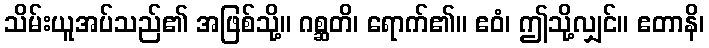
သိမ်းယူအပ်သည်၏ အဖြစ်သို့။ ဂစ္ဆတိ၊ ရောက်၏။ ဧဝံ၊ ဤသို့လျှင်။ ဧတာနိ၊